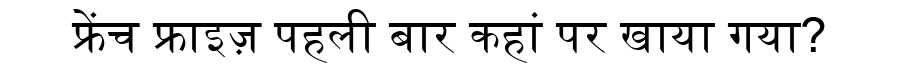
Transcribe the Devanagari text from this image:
फ्रेंच फ्राइज़ पहली बार कहां पर खाया गया?